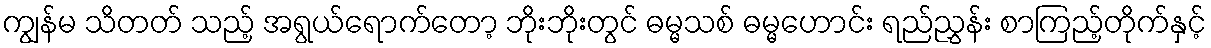
ကျွန်မ သိတတ် သည့် အရွယ်ရောက်တော့ ဘိုးဘိုးတွင် ဓမ္မသစ် ဓမ္မဟောင်း ရည်ညွှန်း စာကြည့်တိုက်နှင့်